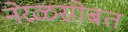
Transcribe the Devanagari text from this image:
नेरळसोबत